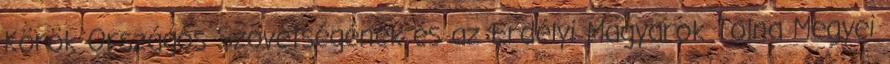
Körök Országos Szövetségének és az Erdélyi Magyarok Tolna Megyei